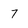
Character: 7